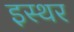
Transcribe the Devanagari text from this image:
इस्थर